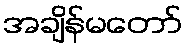
အချိန်မတော်